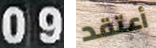
09 أعتقد